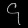
Digit: ၄